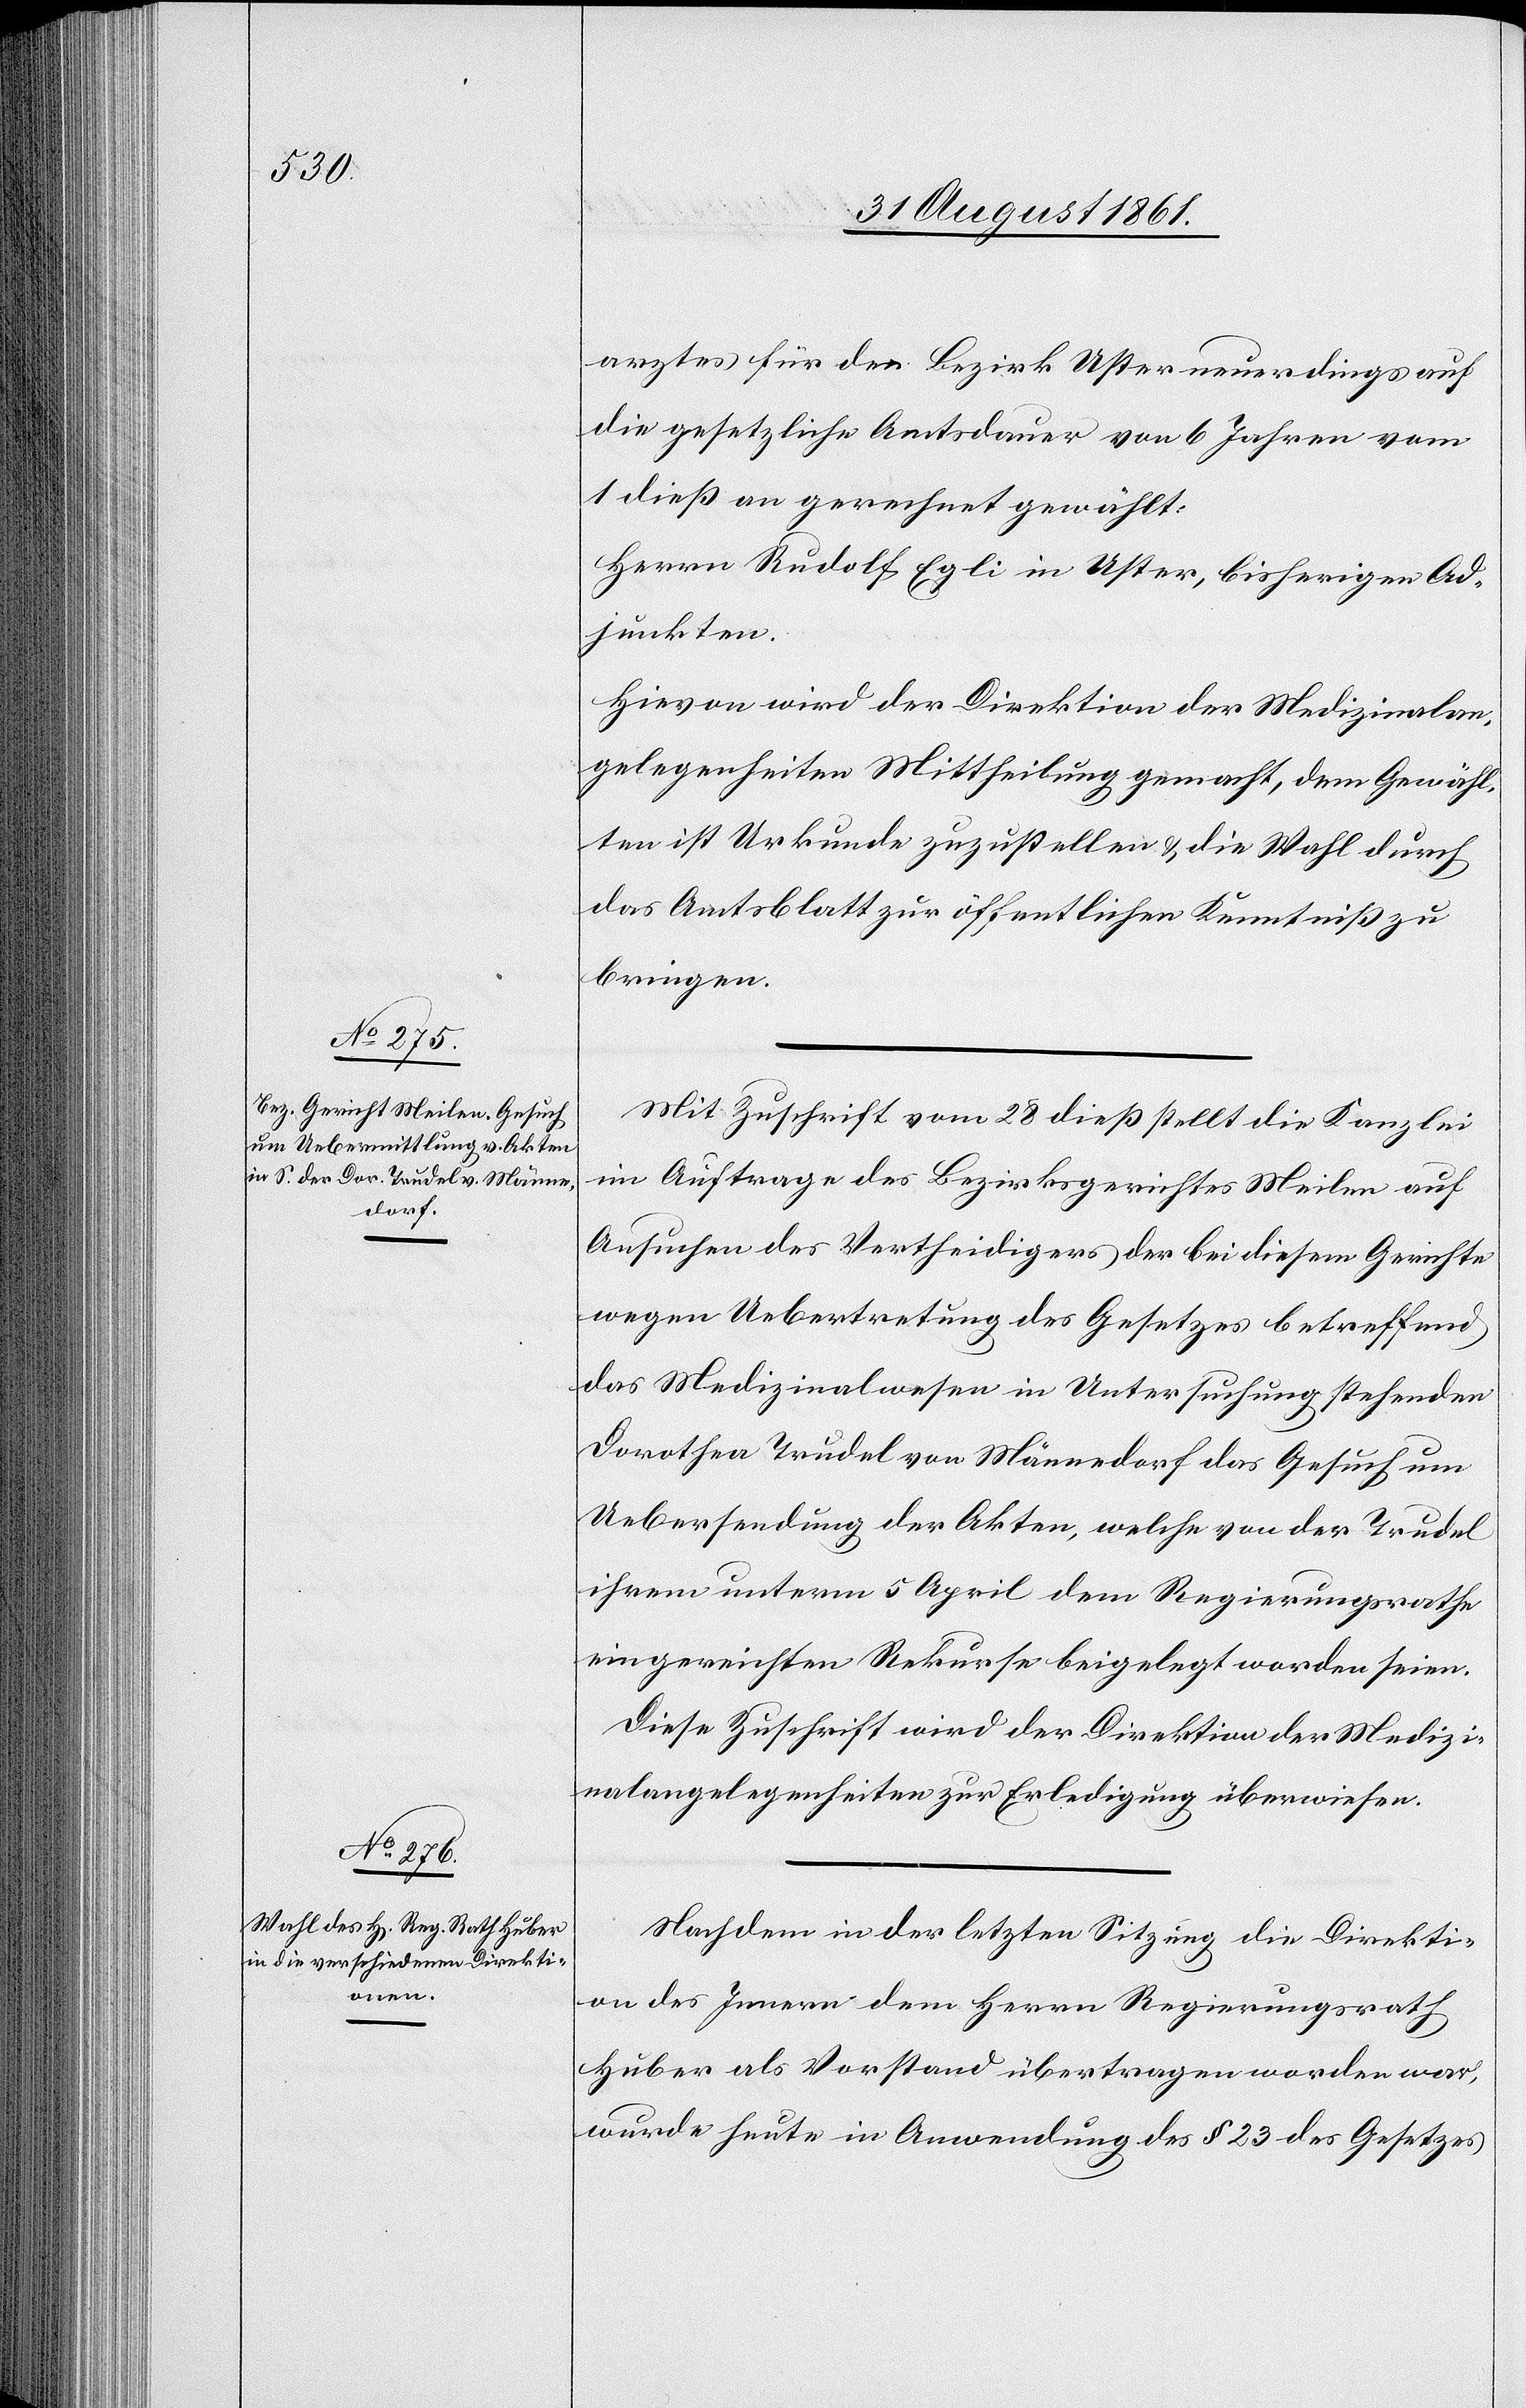
arztes für den Bezirk Uster neuerdings auf
die gesetzliche Amtsdauer von 6 Jahren vom
1 dieß an gerechnet gewählt:
Herrn Rudolf Egli in Uster, bisherigen Ad¬
junkten.
Hievon wird der Direktion der Medizinalan¬
gelegenheiten Mittheilung gemacht, dem Gewähl¬
ten ist Urkunde zuzustellen u. die Wahl durch
das Amtsblatt zur öffentlichen Kenntniß zu
bringen.
Mit Zuschrift vom 28 dieß stellt die Kanzlei
im Auftrag des Bezirksgerichtes Meilen auf
Ansuchen des Vertheidigers der bei diesem Gerichte
wegen Uebertretung des Gesetzes betreffend
das Medizinalwesen in Untersuchung stehenden
Dorothea Trudel von Männedorf das Gesuch um
Uebersendung der Akten, welche von der Trudel
ihrem unterm 5 April dem Regierungsrathe
eingereichten Rekurse beigelegt worden seien.
Diese Zuschrift wird der Direktion der Medizi¬
nalangelegenheiten zur Erledigung überwiesen.
Nachdem in der letzten Sitzung die Direkti¬
on des Innern dem Herrn Regierungsrath
Huber als Vorstand übertragen worden war,
wurde heute in Anwendung des § 23 des Gesetzes